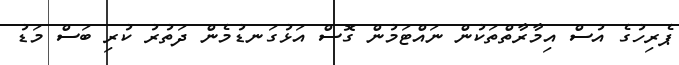
ޕެރިހުގެ އުސް އިމާރާތްތަކުން ނައްޓަމުން ގޮސް އަޅުގަނޑުމެން ދަތުރު ކުރި ބަސް މަޑު